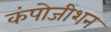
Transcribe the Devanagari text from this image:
कंपोजीशन